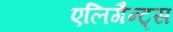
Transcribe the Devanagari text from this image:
एलिगैन्ट्स